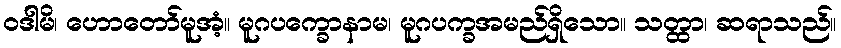
ဝဒါမိ၊ ဟောတော်မူအံ့။ မူဂပက္ခောနာမ၊ မူဂပက္ခအမည်ရှိသော။ သတ္ထာ၊ ဆရာသည်။